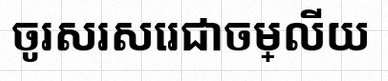
ចូរសរសេរជាចម្លើយ